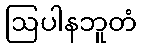
ဩပါနဘူတံ